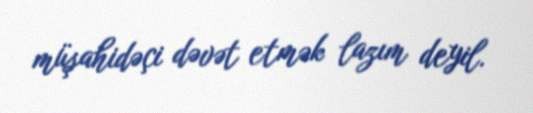
müşahidəçi dəvət etmək lazım deyil.